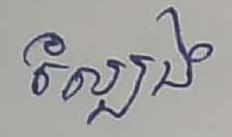
ល្បែង